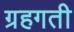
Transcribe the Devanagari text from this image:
ग्रहगती